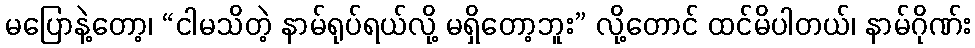
မပြောနဲ့တော့၊ “ငါမသိတဲ့ နာမ်ရုပ်ရယ်လို့ မရှိတော့ဘူး” လို့တောင် ထင်မိပါတယ်၊ နာမ်ဂိုဏ်း